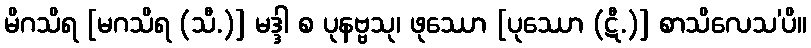
မိဂသိရ [မဂသိရ (သီ.)] မဒ္ဒါ စ ပုနဗ္ဗသု၊ ဖုဿော [ပုဿော (ဋီ.)] စာသိလေသ’ပိ။